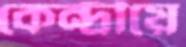
কেন্দ্রীয়ে